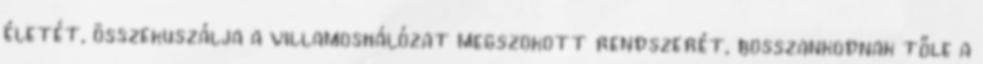
életét, összekuszálja a villamoshálózat megszokott rendszerét, bosszankodnak tőle a